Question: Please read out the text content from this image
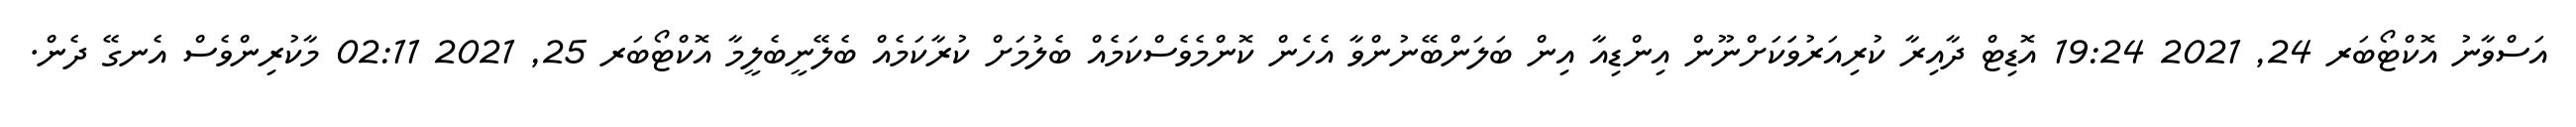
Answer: އަސްވާނު އޮކްޓޯބަރ 24, 2021 19:24 އޮޑިޓް ދާއިރާ ކުރިއަރުވަަކަށްނޫން އިންޑިއާ އިން ބަލަންބޭނުންވާ އެހެން ކޮންމެވެސްކަމެއް ބެލުމަށް ކުރާކަމެއް ބެލޭނީބެލީމާ އޮކްޓޯބަރ 25, 2021 02:11 މާކުރިންވެސް އެނގޭ ދެން.